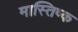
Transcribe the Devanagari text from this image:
मास्तिष्क